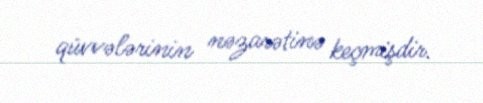
qüvvələrinin nəzarətinə keçmişdir.